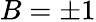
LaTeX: B=\pm 1